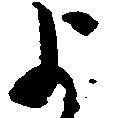
よ